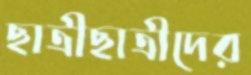
ছাত্রীছাত্রীদের